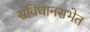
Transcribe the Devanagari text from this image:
संविधानसभेत